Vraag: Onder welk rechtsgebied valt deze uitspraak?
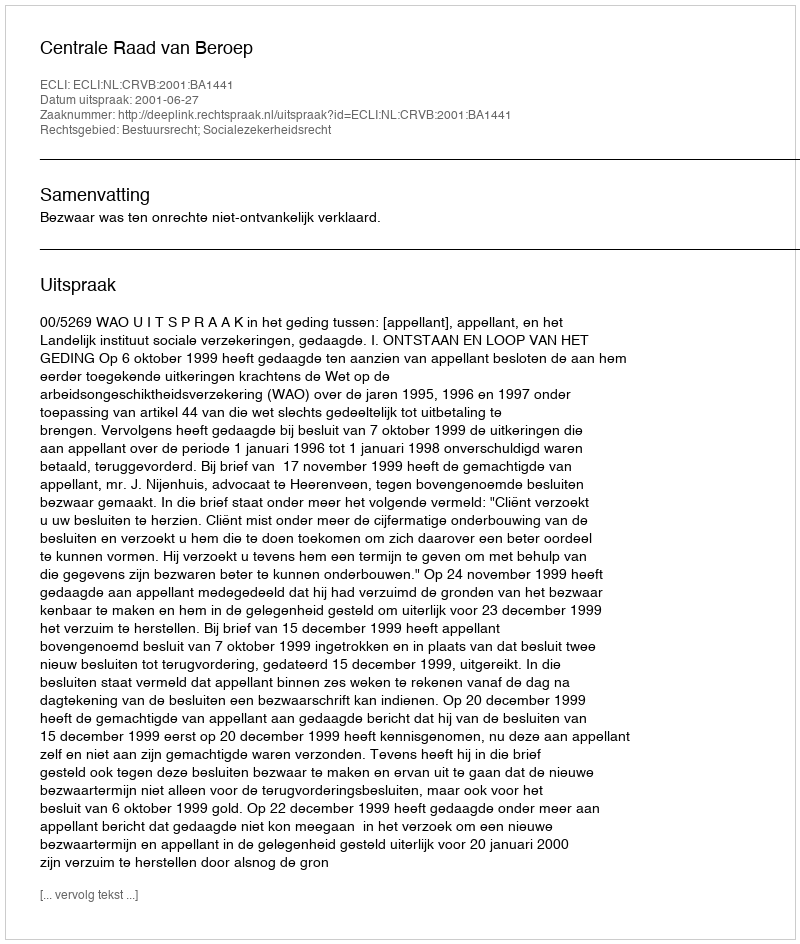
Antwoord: Bestuursrecht; Socialezekerheidsrecht